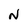
Character: N